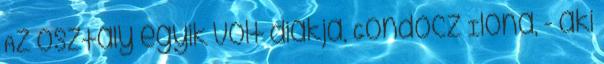
Az osztály egyik volt diákja, Göndöcz Ilona, - aki